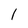
Character: 1